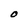
Character: O